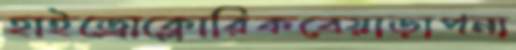
হাইড্রোক্লোরিকবেয়াড়াপনা